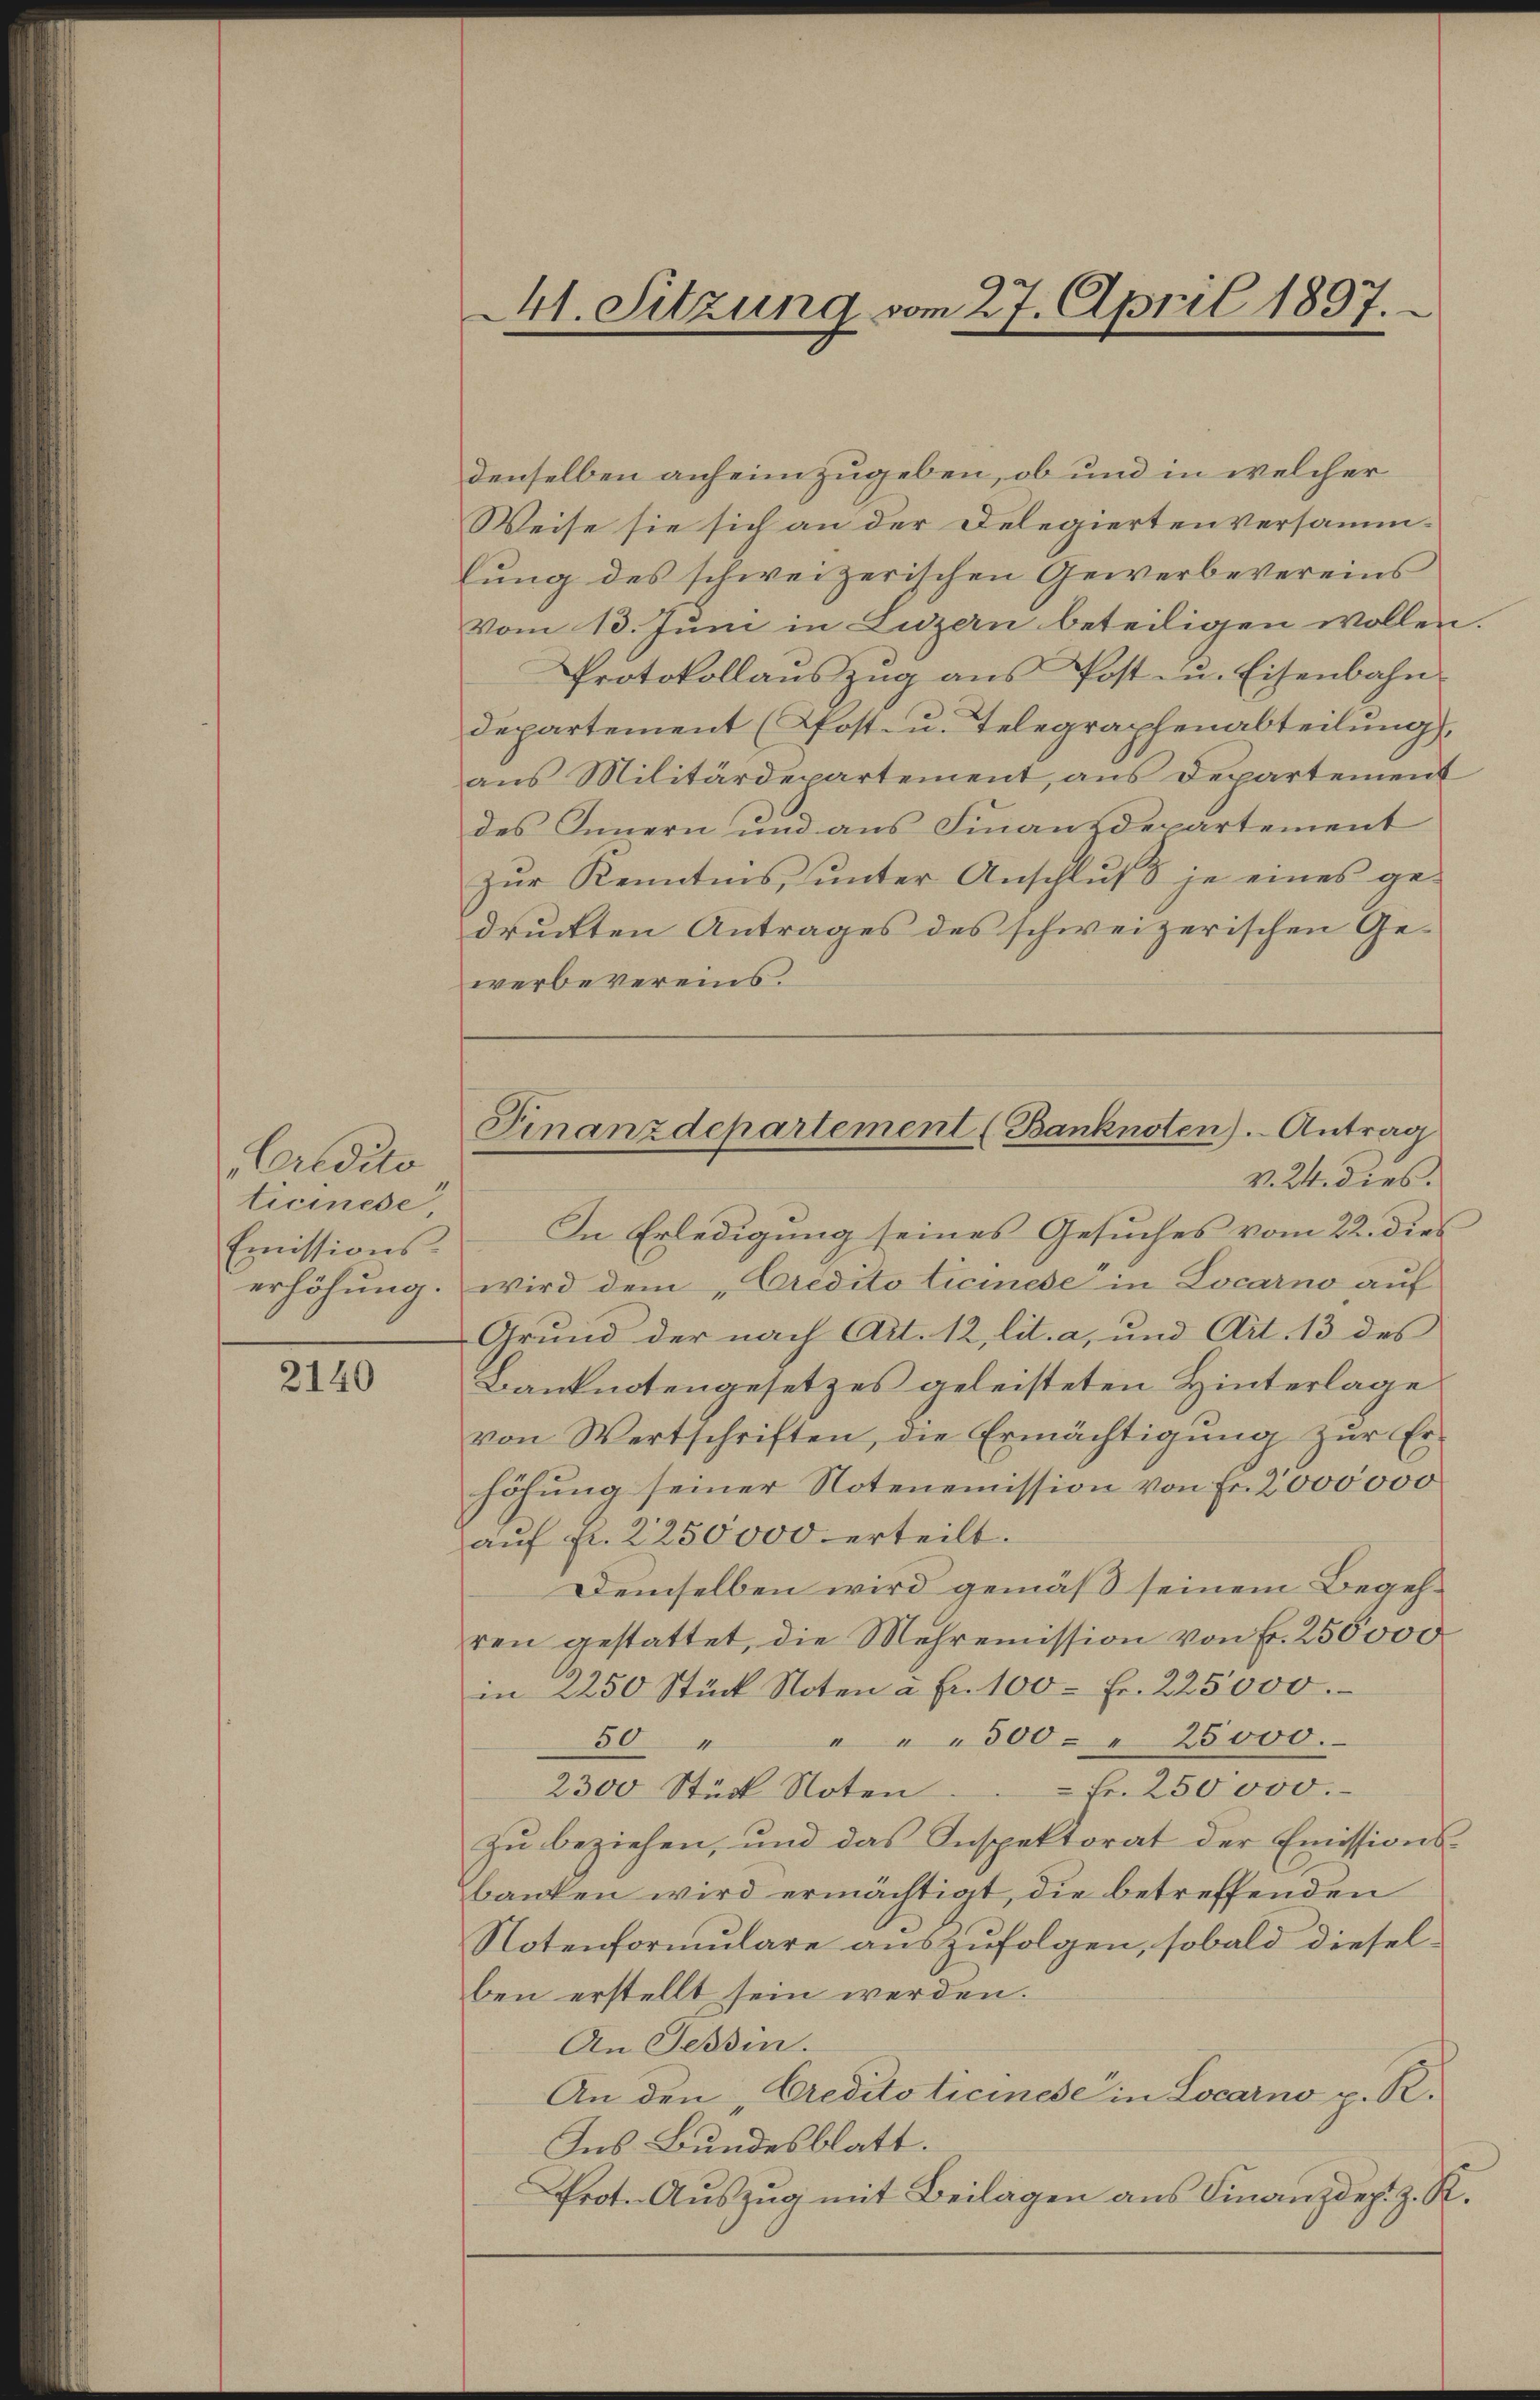
Credito
ticinese,
Emissions-
erhöhung.

2140

denselben anheimzugeben, ob und in welcher
Weise sie sich an der Delegiertenversammlung des schweizerischen Gewerbevereins
vom 13. Juni in Luzern beteiligen wollen.
Protokollaŭszŭg ans Post- u. Eisenbahn-
departement (Post- u. Telegraphenabteilung,
ans Militärdepartement, ans Departement
des Innern und aus Finanzdepartement
zŭr Kenntnis ŭnter Anschlŭβ je eines ge-
druckten Antrages des schweizerischen Gewerbevereins.

Mt. Sitzung vom 27. April 1897.

Finanzdepartement (Banknoten). Antrag
v. 24. dies.

In Erledigung seines Gesuches vom 22. dies
wird dem Credito Ticinese in Locarno auf
Grund der nach Art. 12, lit. a, und Art. 13 des
Banknotengesetzes geleisteten Hinterlage
von Wertschriften, die Ermächtigung zur Er-
höhung seiner Notenemission von Fr. 2000000
aŭf fr. 2250000 erteilt.
Demselben wird gemäß seinem Begehren gestattet, die Mehremission von Fr. 250000
in 2250 Stück Noten a. En 100 Fr. 225000.
50 " " " " 300 - " 25000.
2300 Stück Noten. Fr. 250000.
Zu beziehen, und das Inspektorat der Emissionsbanken wird ermächtigt, die betreffenden
Notenformulare auszufolgen, sobald diesel-
ben erstellt sein werden.
An Tessin.
An den Creditoticinese in Locarno p. R.
Ins Bundesblatt.
Prot. Auszug mit Beilagen aus Finanzdep. z. R.